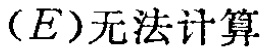
（E）无法计算